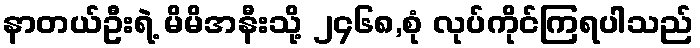
နာတယ်ဦးရဲ့ မိမိအနီးသို့ ၂၄၆၈,စုံ လုပ်ကိုင်ကြရပါသည်